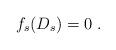
LaTeX: \begin{align*}f_s(D_s)=0\ .\end{align*}